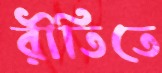
রীতিতে